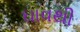
ઘાવથી